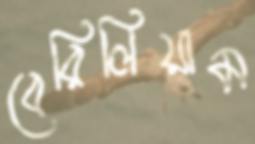
বেরিলিয়াম